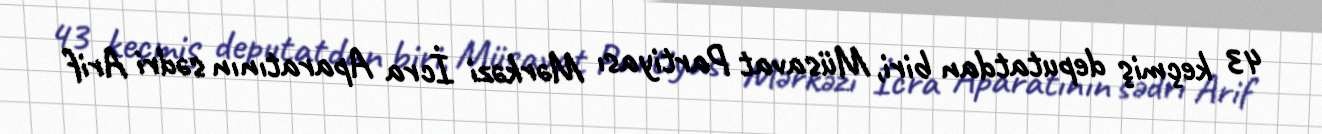
43 keçmiş deputatdan biri, Müsavat Partiyası Mərkəzi İcra Aparatının sədri Arif